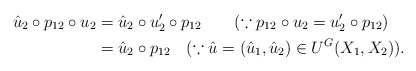
\begin{align*}\hat{u}_{2}\circ p_{12}\circ u_{2}&=\hat{u}_{2}\circ u'_{2}\circ p_{12}~~~~~~(\because p_{12}\circ u_{2}=u'_{2}\circ p_{12})\\&=\hat{u}_{2}\circ p_{12}~~~(\because \hat{u}=(\hat{u}_{1},\hat{u}_{2})\in U^{G}(X_{1},X_{2})).\end{align*}